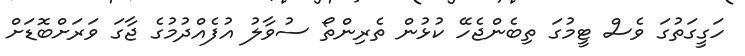
ހަގީގަތުގަ ވެސް ޓީމުގަ ތިބެންޖެހޭ ކުޅުން ތެރިންތޯ ސުވާލު އުފެއްދުމުގެ ޖާގަ ވަރަށްބޮޑަށް